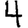
Digit: 4